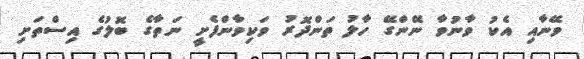
ވޭނާއި އެކު ވާނުވާ ނޭންގޭ ހާލު ތަންދޮރު ވަކިވާންފެށީ ނަތާގެ ބޮލުގެ އިސްތަށި